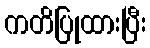
ကတိပြုထားပြီး